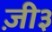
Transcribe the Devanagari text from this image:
ज़ी३